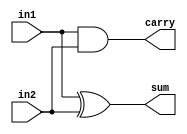
module HA_GL (in1, in2, sum, carry);
  input in1,in2;
  output sum,carry;
  
  xor G0(sum, in1, in2);
  and G1(carry, in1, in2);
  
endmodule